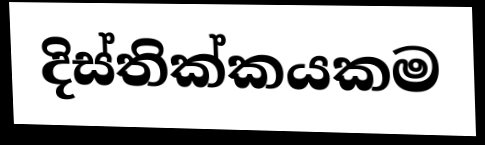
දිස්තික්කයකම